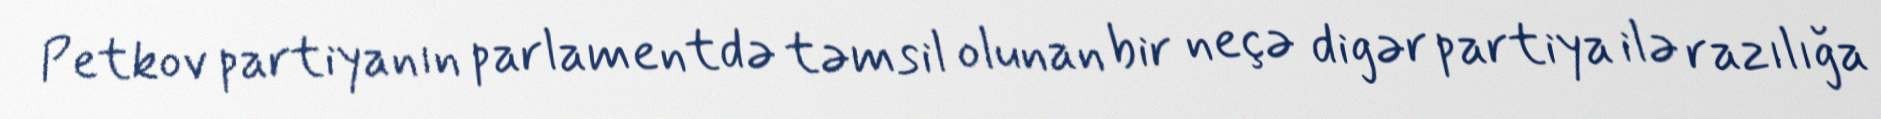
Petkov partiyanın parlamentdə təmsil olunan bir neçə digər partiya ilə razılığa